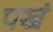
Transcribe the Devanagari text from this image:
पखं